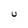
Character: U